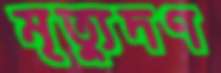
মৃত্যুদণ